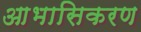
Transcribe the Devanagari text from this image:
आभासिकरण